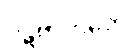
ပဋိဗာဟိတေ